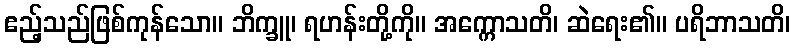
ဧည့်သည်ဖြစ်ကုန်သော။ ဘိက္ခူ၊ ရဟန်းတို့ကို။ အက္ကောသတိ၊ ဆဲရေး၏။ ပရိဘာသတိ၊